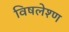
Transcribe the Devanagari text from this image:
विषलेश्ण